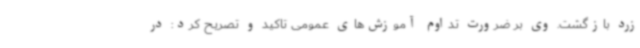
زرد بازگشت. وی بر ضرورت تداوم آموزش‌های عمومی تاکید و تصریح کرد: در